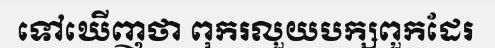
ទៅឃើញថា ពុករលួយបក្សពួកដែរ